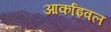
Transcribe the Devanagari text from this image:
आर्काइवल